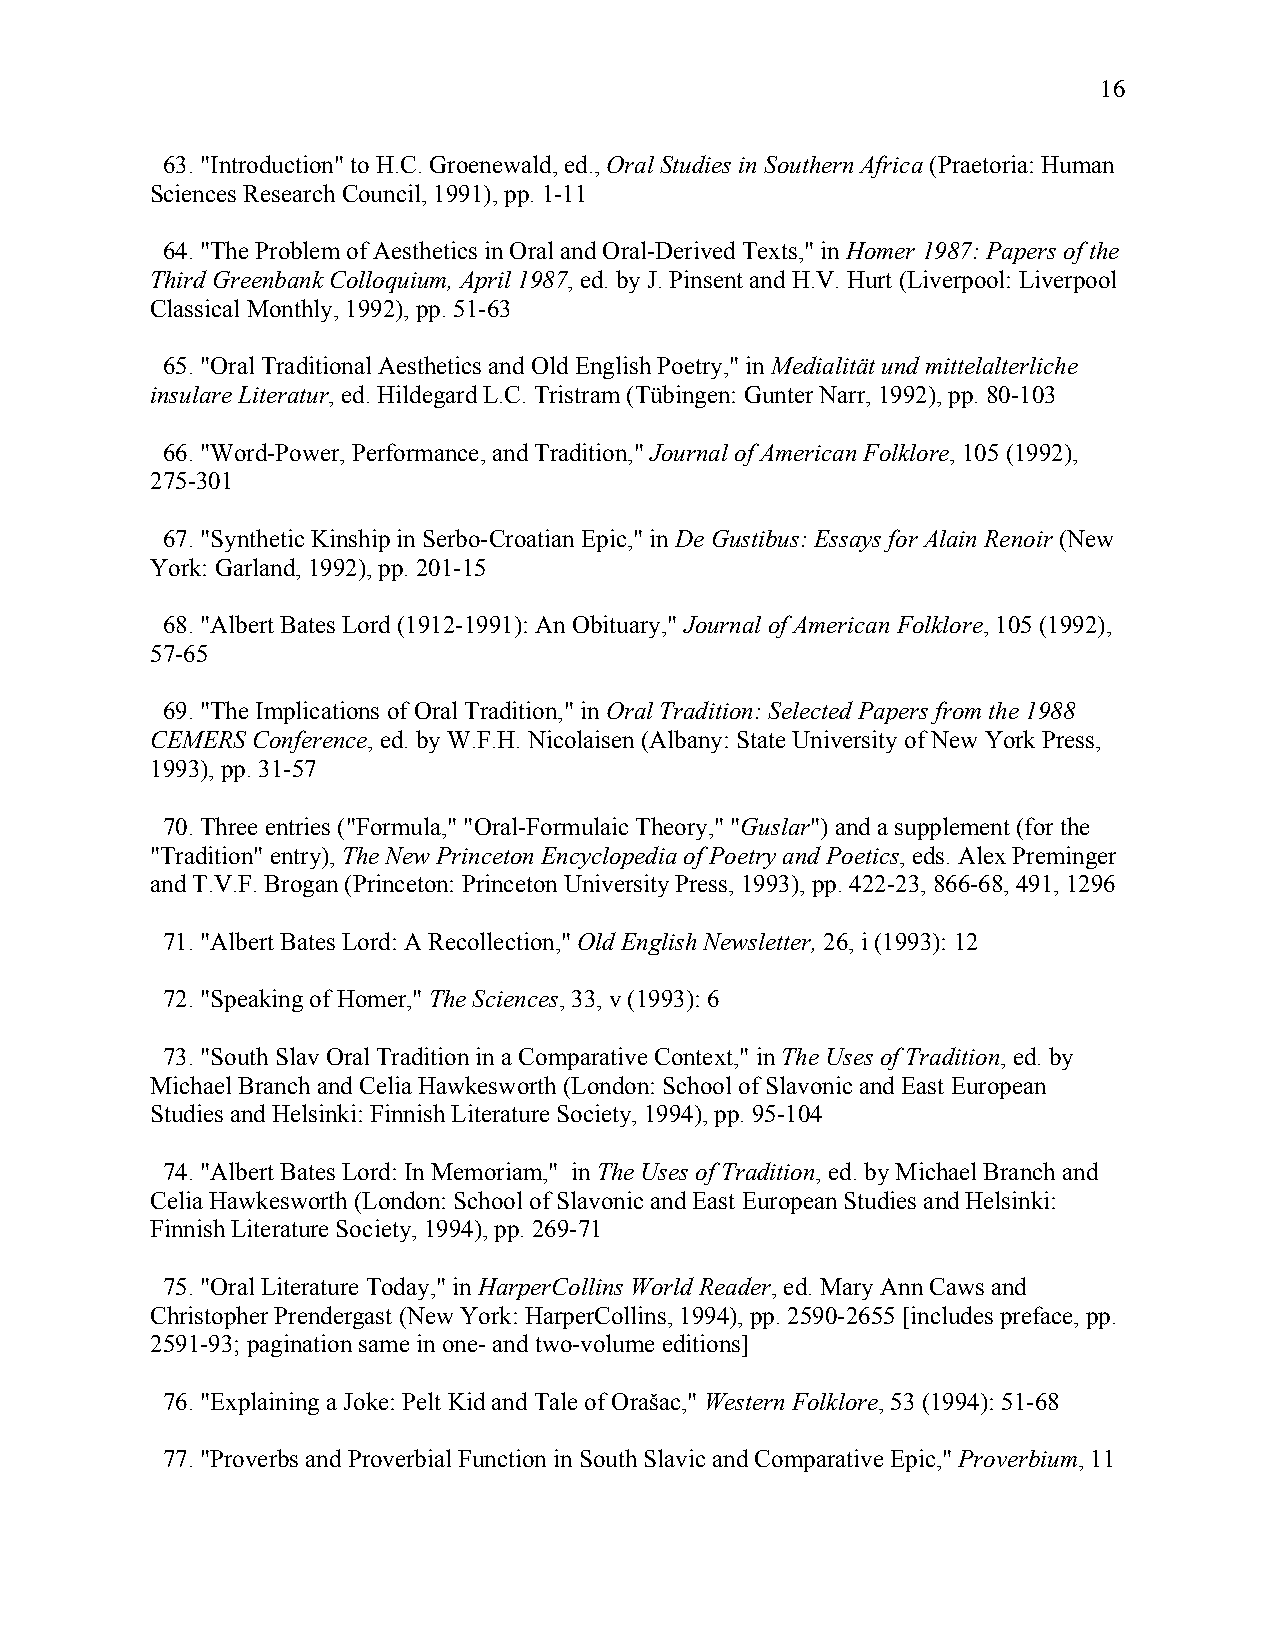
16
 63. "Introduction" to H.C. Groenewald, ed., Oral Studies in Southern Africa (Praetoria: Human
 Sciences Research Council, 1991), pp. 1-11
 64. "The Problem of Aesthetics in Oral and Oral-Derived Texts," in Homer 1987: Papers of the
 Third Greenbank Colloquium, April 1987, ed. by J. Pinsent and H.V. Hurt (Liverpool: Liverpool
 Classical Monthly, 1992), pp. 51-63
 65. "Oral Traditional Aesthetics and Old English Poetry," in Medialität und mittelalterliche
 insulare Literatur, ed. Hildegard L.C. Tristram (Tübingen: Gunter Narr, 1992), pp. 80-103
 66. "Word-Power, Performance, and Tradition," Journal of American Folklore, 105 (1992),
 275-301
 67. "Synthetic Kinship in Serbo-Croatian Epic," in De Gustibus: Essays for Alain Renoir (New
 York: Garland, 1992), pp. 201-15
 68. "Albert Bates Lord (1912-1991): An Obituary," Journal of American Folklore, 105 (1992),
 57-65
 69. "The Implications of Oral Tradition," in Oral Tradition: Selected Papers from the 1988
 CEMERS Conference, ed. by W.F.H. Nicolaisen (Albany: State University of New York Press,
 1993), pp. 31-57
 70. Three entries ("Formula," "Oral-Formulaic Theory," "Guslar") and a supplement (for the
 "Tradition" entry), The New Princeton Encyclopedia of Poetry and Poetics, eds. Alex Preminger
 and T.V.F. Brogan (Princeton: Princeton University Press, 1993), pp. 422-23, 866-68, 491, 1296
 71. "Albert Bates Lord: A Recollection," Old English Newsletter, 26, i (1993): 12
 72. "Speaking of Homer," The Sciences, 33, v (1993): 6
 73. "South Slav Oral Tradition in a Comparative Context," in The Uses of Tradition, ed. by
 Michael Branch and Celia Hawkesworth (London: School of Slavonic and East European
 Studies and Helsinki: Finnish Literature Society, 1994), pp. 95-104
 74. "Albert Bates Lord: In Memoriam," in The Uses of Tradition, ed. by Michael Branch and
 Celia Hawkesworth (London: School of Slavonic and East European Studies and Helsinki:
 Finnish Literature Society, 1994), pp. 269-71
 75. "Oral Literature Today," in HarperCollins World Reader, ed. Mary Ann Caws and
 Christopher Prendergast (New York: HarperCollins, 1994), pp. 2590-2655 [includes preface, pp.
 2591-93; pagination same in one- and two-volume editions]
 76. "Explaining a Joke: Pelt Kid and Tale of Orašac," Western Folklore, 53 (1994): 51-68
 77. "Proverbs and Proverbial Function in South Slavic and Comparative Epic," Proverbium, 11